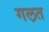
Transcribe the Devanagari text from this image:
गल़त